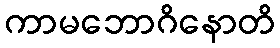
ကာမဘောဂိနောတိ